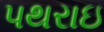
પથરાઇ